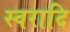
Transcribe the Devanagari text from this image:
स्वरादि